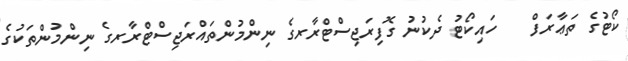
ކޯޓުގެ ތަޢާރަފް    ހައިކޯޓު ދެކުނު ގޮފިރަޖިސްޓްރާރގެ ނިންމުންތައްރަޖިސްޓްރާރގެ ނިންމުންތަކުގެ